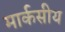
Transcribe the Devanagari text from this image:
मार्कसीय